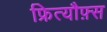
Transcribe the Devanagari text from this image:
फ्रित्यौफ़्स